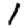
Digit: 1